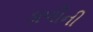
ડાળીની